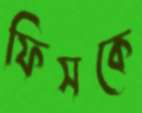
ফিসকে